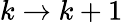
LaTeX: k\rightarrow k+1